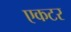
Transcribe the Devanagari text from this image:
एकटर